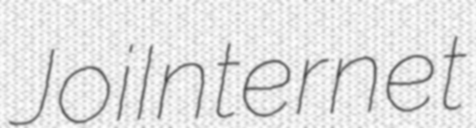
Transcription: Joi Internet